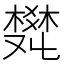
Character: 𤕩